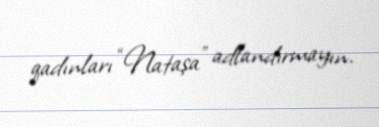
qadınları “Nataşa” adlandırmayın.